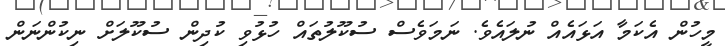
މީހުން އެކަމާ އަޅައެއް ނުލައެވެ. ނަމަވެސް ސުކޫލުތައް ހުޅުވި ކުދިން ސުކޫލަށް ނިކުންނަން